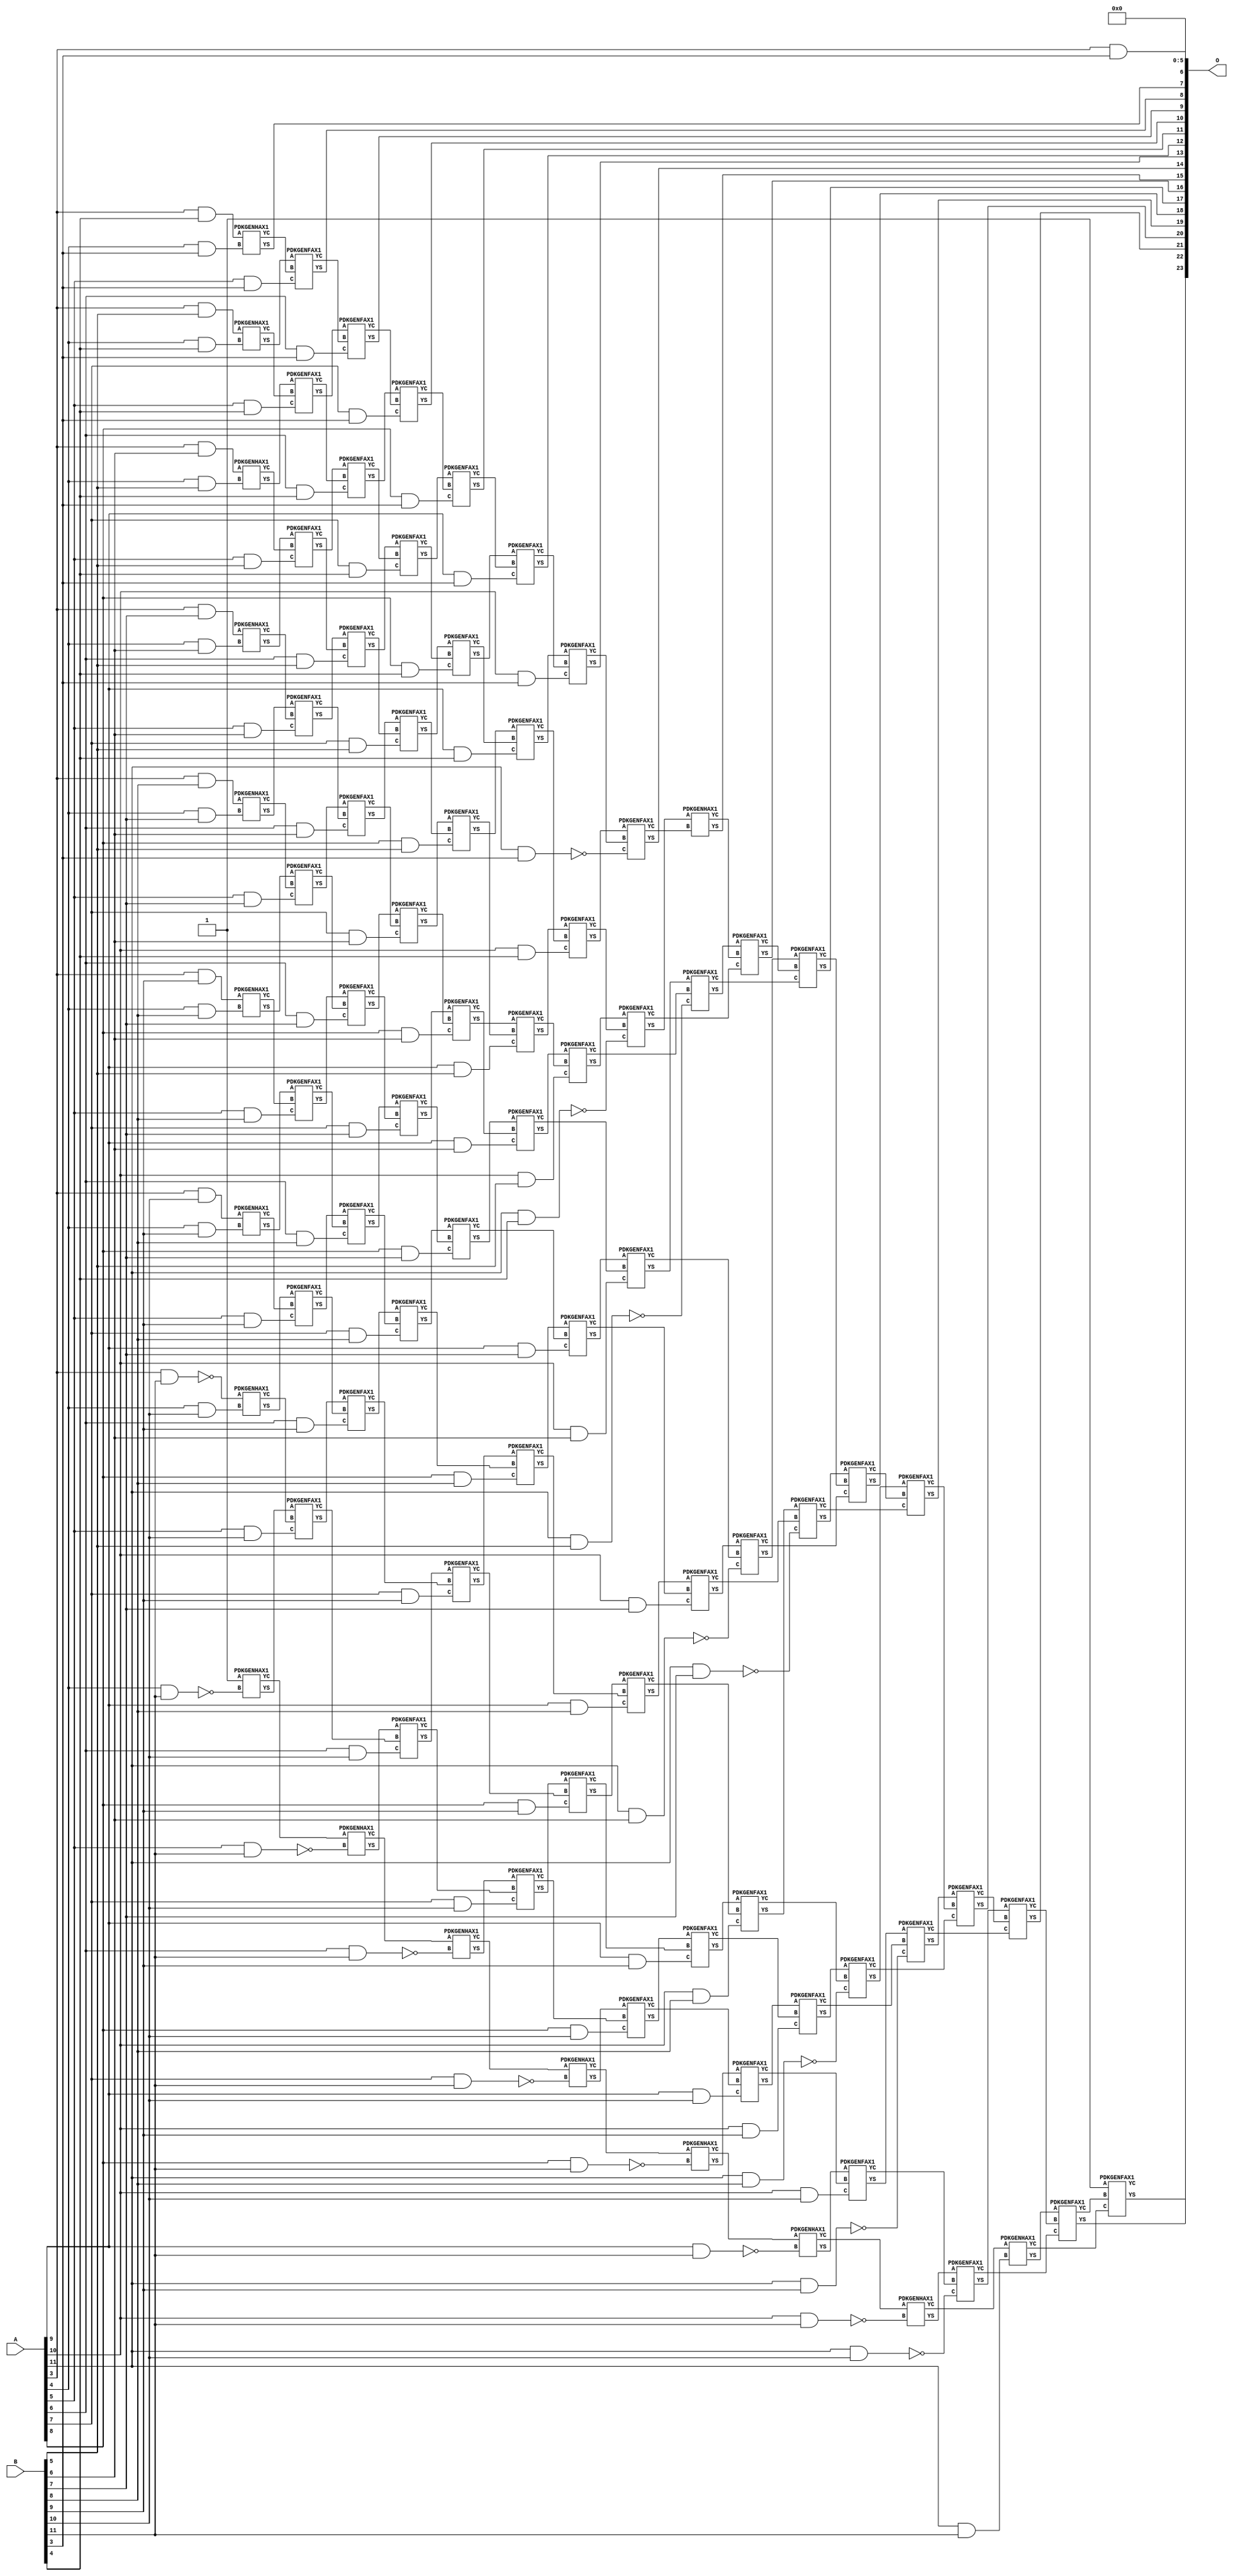
// This program was cloned from: https://github.com/ehw-fit/evoapproxlib
// License: MIT License

/***
* This code is a part of EvoApproxLib library (ehw.fit.vutbr.cz/approxlib) distributed under The MIT License.
* When used, please cite the following article(s): V. Mrazek, Z. Vasicek, L. Sekanina, H. Jiang and J. Han, "Scalable Construction of Approximate Multipliers With Formally Guaranteed Worst Case Error" in IEEE Transactions on Very Large Scale Integration (VLSI) Systems, vol. 26, no. 11, pp. 2572-2576, Nov. 2018. doi: 10.1109/TVLSI.2018.2856362 
* This file contains a circuit from a sub-set of pareto optimal circuits with respect to the pwr and mae parameters
***/
// MAE% = 0.032 %
// MAE = 5438 
// WCE% = 0.17 %
// WCE = 28623 
// WCRE% = 6300.00 %
// EP% = 98.39 %
// MRE% = 2.64 %
// MSE = 48933.638e3 
// PDK45_PWR = 0.579 mW
// PDK45_AREA = 925.0 um2
// PDK45_DELAY = 1.70 ns


module mul12s_36A ( A, B, O );
  input [11:0] A;
  input [11:0] B;
  output [23:0] O;

  wire C_10_10,C_10_11,C_10_3,C_10_4,C_10_5,C_10_6,C_10_7,C_10_8,C_10_9,C_11_10,C_11_11,C_11_3,C_11_4,C_11_5,C_11_6,C_11_7,C_11_8,C_11_9,C_12_10,C_12_11,C_12_3,C_12_4,C_12_5,C_12_6,C_12_7,C_12_8,C_12_9,C_4_10,C_4_11,C_4_3,C_4_4,C_4_5,C_4_6,C_4_7,C_4_8,C_4_9,C_5_10,C_5_11,C_5_3,C_5_4,C_5_5,C_5_6,C_5_7,C_5_8,C_5_9,C_6_10,C_6_11,C_6_3,C_6_4,C_6_5,C_6_6,C_6_7,C_6_8,C_6_9,C_7_10,C_7_11,C_7_3,C_7_4,C_7_5,C_7_6,C_7_7,C_7_8,C_7_9,C_8_10,C_8_11,C_8_3,C_8_4,C_8_5,C_8_6,C_8_7,C_8_8,C_8_9,C_9_10,C_9_11,C_9_3,C_9_4,C_9_5,C_9_6,C_9_7,C_9_8,C_9_9,S_10_0,S_10_1,S_10_10,S_10_11,S_10_2,S_10_3,S_10_4,S_10_5,S_10_6,S_10_7,S_10_8,S_10_9,S_11_0,S_11_1,S_11_10,S_11_11,S_11_2,S_11_3,S_11_4,S_11_5,S_11_6,S_11_7,S_11_8,S_11_9,S_12_0,S_12_1,S_12_10,S_12_11,S_12_2,S_12_3,S_12_4,S_12_5,S_12_6,S_12_7,S_12_8,S_12_9,S_3_10,S_3_11,S_3_3,S_3_4,S_3_5,S_3_6,S_3_7,S_3_8,S_3_9,S_4_10,S_4_11,S_4_2,S_4_3,S_4_4,S_4_5,S_4_6,S_4_7,S_4_8,S_4_9,S_5_1,S_5_10,S_5_11,S_5_2,S_5_3,S_5_4,S_5_5,S_5_6,S_5_7,S_5_8,S_5_9,S_6_0,S_6_1,S_6_10,S_6_11,S_6_2,S_6_3,S_6_4,S_6_5,S_6_6,S_6_7,S_6_8,S_6_9,S_7_0,S_7_1,S_7_10,S_7_11,S_7_2,S_7_3,S_7_4,S_7_5,S_7_6,S_7_7,S_7_8,S_7_9,S_8_0,S_8_1,S_8_10,S_8_11,S_8_2,S_8_3,S_8_4,S_8_5,S_8_6,S_8_7,S_8_8,S_8_9,S_9_0,S_9_1,S_9_10,S_9_11,S_9_2,S_9_3,S_9_4,S_9_5,S_9_6,S_9_7,S_9_8,S_9_9;

  assign S_3_3 = (A[3] & B[3]);
  assign S_3_4 = (A[3] & B[4]);
  assign S_3_5 = (A[3] & B[5]);
  assign S_3_6 = (A[3] & B[6]);
  assign S_3_7 = (A[3] & B[7]);
  assign S_3_8 = (A[3] & B[8]);
  assign S_3_9 = (A[3] & B[9]);
  assign S_3_10 = (A[3] & B[10]);
  assign S_3_11 = ~(A[3] & B[11]);
  assign S_4_2 = S_3_3;
  PDKGENHAX1 U2140 (.A(S_3_4), .B((A[4] & B[3])), .YS(S_4_3), .YC(C_4_3));
  PDKGENHAX1 U2141 (.A(S_3_5), .B((A[4] & B[4])), .YS(S_4_4), .YC(C_4_4));
  PDKGENHAX1 U2142 (.A(S_3_6), .B((A[4] & B[5])), .YS(S_4_5), .YC(C_4_5));
  PDKGENHAX1 U2143 (.A(S_3_7), .B((A[4] & B[6])), .YS(S_4_6), .YC(C_4_6));
  PDKGENHAX1 U2144 (.A(S_3_8), .B((A[4] & B[7])), .YS(S_4_7), .YC(C_4_7));
  PDKGENHAX1 U2145 (.A(S_3_9), .B((A[4] & B[8])), .YS(S_4_8), .YC(C_4_8));
  PDKGENHAX1 U2146 (.A(S_3_10), .B((A[4] & B[9])), .YS(S_4_9), .YC(C_4_9));
  PDKGENHAX1 U2147 (.A(S_3_11), .B((A[4] & B[10])), .YS(S_4_10), .YC(C_4_10));
  PDKGENHAX1 U2148 (.A(1'b1), .B(~(A[4] & B[11])), .YS(S_4_11), .YC(C_4_11));
  assign S_5_1 = S_4_2;
  assign S_5_2 = S_4_3;
  PDKGENFAX1 U2152 (.A(S_4_4), .B(C_4_3), .C((A[5] & B[3])), .YS(S_5_3), .YC(C_5_3));
  PDKGENFAX1 U2153 (.A(S_4_5), .B(C_4_4), .C((A[5] & B[4])), .YS(S_5_4), .YC(C_5_4));
  PDKGENFAX1 U2154 (.A(S_4_6), .B(C_4_5), .C((A[5] & B[5])), .YS(S_5_5), .YC(C_5_5));
  PDKGENFAX1 U2155 (.A(S_4_7), .B(C_4_6), .C((A[5] & B[6])), .YS(S_5_6), .YC(C_5_6));
  PDKGENFAX1 U2156 (.A(S_4_8), .B(C_4_7), .C((A[5] & B[7])), .YS(S_5_7), .YC(C_5_7));
  PDKGENFAX1 U2157 (.A(S_4_9), .B(C_4_8), .C((A[5] & B[8])), .YS(S_5_8), .YC(C_5_8));
  PDKGENFAX1 U2158 (.A(S_4_10), .B(C_4_9), .C((A[5] & B[9])), .YS(S_5_9), .YC(C_5_9));
  PDKGENFAX1 U2159 (.A(S_4_11), .B(C_4_10), .C((A[5] & B[10])), .YS(S_5_10), .YC(C_5_10));
  PDKGENHAX1 U2160 (.A(C_4_11), .B(~(A[5] & B[11])), .YS(S_5_11), .YC(C_5_11));
  assign S_6_0 = S_5_1;
  assign S_6_1 = S_5_2;
  assign S_6_2 = S_5_3;
  PDKGENFAX1 U2164 (.A(S_5_4), .B(C_5_3), .C((A[6] & B[3])), .YS(S_6_3), .YC(C_6_3));
  PDKGENFAX1 U2165 (.A(S_5_5), .B(C_5_4), .C((A[6] & B[4])), .YS(S_6_4), .YC(C_6_4));
  PDKGENFAX1 U2166 (.A(S_5_6), .B(C_5_5), .C((A[6] & B[5])), .YS(S_6_5), .YC(C_6_5));
  PDKGENFAX1 U2167 (.A(S_5_7), .B(C_5_6), .C((A[6] & B[6])), .YS(S_6_6), .YC(C_6_6));
  PDKGENFAX1 U2168 (.A(S_5_8), .B(C_5_7), .C((A[6] & B[7])), .YS(S_6_7), .YC(C_6_7));
  PDKGENFAX1 U2169 (.A(S_5_9), .B(C_5_8), .C((A[6] & B[8])), .YS(S_6_8), .YC(C_6_8));
  PDKGENFAX1 U2170 (.A(S_5_10), .B(C_5_9), .C((A[6] & B[9])), .YS(S_6_9), .YC(C_6_9));
  PDKGENFAX1 U2171 (.A(S_5_11), .B(C_5_10), .C((A[6] & B[10])), .YS(S_6_10), .YC(C_6_10));
  PDKGENHAX1 U2172 (.A(C_5_11), .B(~(A[6] & B[11])), .YS(S_6_11), .YC(C_6_11));
  assign S_7_0 = S_6_1;
  assign S_7_1 = S_6_2;
  assign S_7_2 = S_6_3;
  PDKGENFAX1 U2176 (.A(S_6_4), .B(C_6_3), .C((A[7] & B[3])), .YS(S_7_3), .YC(C_7_3));
  PDKGENFAX1 U2177 (.A(S_6_5), .B(C_6_4), .C((A[7] & B[4])), .YS(S_7_4), .YC(C_7_4));
  PDKGENFAX1 U2178 (.A(S_6_6), .B(C_6_5), .C((A[7] & B[5])), .YS(S_7_5), .YC(C_7_5));
  PDKGENFAX1 U2179 (.A(S_6_7), .B(C_6_6), .C((A[7] & B[6])), .YS(S_7_6), .YC(C_7_6));
  PDKGENFAX1 U2180 (.A(S_6_8), .B(C_6_7), .C((A[7] & B[7])), .YS(S_7_7), .YC(C_7_7));
  PDKGENFAX1 U2181 (.A(S_6_9), .B(C_6_8), .C((A[7] & B[8])), .YS(S_7_8), .YC(C_7_8));
  PDKGENFAX1 U2182 (.A(S_6_10), .B(C_6_9), .C((A[7] & B[9])), .YS(S_7_9), .YC(C_7_9));
  PDKGENFAX1 U2183 (.A(S_6_11), .B(C_6_10), .C((A[7] & B[10])), .YS(S_7_10), .YC(C_7_10));
  PDKGENHAX1 U2184 (.A(C_6_11), .B(~(A[7] & B[11])), .YS(S_7_11), .YC(C_7_11));
  assign S_8_0 = S_7_1;
  assign S_8_1 = S_7_2;
  assign S_8_2 = S_7_3;
  PDKGENFAX1 U2188 (.A(S_7_4), .B(C_7_3), .C((A[8] & B[3])), .YS(S_8_3), .YC(C_8_3));
  PDKGENFAX1 U2189 (.A(S_7_5), .B(C_7_4), .C((A[8] & B[4])), .YS(S_8_4), .YC(C_8_4));
  PDKGENFAX1 U2190 (.A(S_7_6), .B(C_7_5), .C((A[8] & B[5])), .YS(S_8_5), .YC(C_8_5));
  PDKGENFAX1 U2191 (.A(S_7_7), .B(C_7_6), .C((A[8] & B[6])), .YS(S_8_6), .YC(C_8_6));
  PDKGENFAX1 U2192 (.A(S_7_8), .B(C_7_7), .C((A[8] & B[7])), .YS(S_8_7), .YC(C_8_7));
  PDKGENFAX1 U2193 (.A(S_7_9), .B(C_7_8), .C((A[8] & B[8])), .YS(S_8_8), .YC(C_8_8));
  PDKGENFAX1 U2194 (.A(S_7_10), .B(C_7_9), .C((A[8] & B[9])), .YS(S_8_9), .YC(C_8_9));
  PDKGENFAX1 U2195 (.A(S_7_11), .B(C_7_10), .C((A[8] & B[10])), .YS(S_8_10), .YC(C_8_10));
  PDKGENHAX1 U2196 (.A(C_7_11), .B(~(A[8] & B[11])), .YS(S_8_11), .YC(C_8_11));
  assign S_9_0 = S_8_1;
  assign S_9_1 = S_8_2;
  assign S_9_2 = S_8_3;
  PDKGENFAX1 U2200 (.A(S_8_4), .B(C_8_3), .C((A[9] & B[3])), .YS(S_9_3), .YC(C_9_3));
  PDKGENFAX1 U2201 (.A(S_8_5), .B(C_8_4), .C((A[9] & B[4])), .YS(S_9_4), .YC(C_9_4));
  PDKGENFAX1 U2202 (.A(S_8_6), .B(C_8_5), .C((A[9] & B[5])), .YS(S_9_5), .YC(C_9_5));
  PDKGENFAX1 U2203 (.A(S_8_7), .B(C_8_6), .C((A[9] & B[6])), .YS(S_9_6), .YC(C_9_6));
  PDKGENFAX1 U2204 (.A(S_8_8), .B(C_8_7), .C((A[9] & B[7])), .YS(S_9_7), .YC(C_9_7));
  PDKGENFAX1 U2205 (.A(S_8_9), .B(C_8_8), .C((A[9] & B[8])), .YS(S_9_8), .YC(C_9_8));
  PDKGENFAX1 U2206 (.A(S_8_10), .B(C_8_9), .C((A[9] & B[9])), .YS(S_9_9), .YC(C_9_9));
  PDKGENFAX1 U2207 (.A(S_8_11), .B(C_8_10), .C((A[9] & B[10])), .YS(S_9_10), .YC(C_9_10));
  PDKGENHAX1 U2208 (.A(C_8_11), .B(~(A[9] & B[11])), .YS(S_9_11), .YC(C_9_11));
  assign S_10_0 = S_9_1;
  assign S_10_1 = S_9_2;
  assign S_10_2 = S_9_3;
  PDKGENFAX1 U2212 (.A(S_9_4), .B(C_9_3), .C((A[10] & B[3])), .YS(S_10_3), .YC(C_10_3));
  PDKGENFAX1 U2213 (.A(S_9_5), .B(C_9_4), .C((A[10] & B[4])), .YS(S_10_4), .YC(C_10_4));
  PDKGENFAX1 U2214 (.A(S_9_6), .B(C_9_5), .C((A[10] & B[5])), .YS(S_10_5), .YC(C_10_5));
  PDKGENFAX1 U2215 (.A(S_9_7), .B(C_9_6), .C((A[10] & B[6])), .YS(S_10_6), .YC(C_10_6));
  PDKGENFAX1 U2216 (.A(S_9_8), .B(C_9_7), .C((A[10] & B[7])), .YS(S_10_7), .YC(C_10_7));
  PDKGENFAX1 U2217 (.A(S_9_9), .B(C_9_8), .C((A[10] & B[8])), .YS(S_10_8), .YC(C_10_8));
  PDKGENFAX1 U2218 (.A(S_9_10), .B(C_9_9), .C((A[10] & B[9])), .YS(S_10_9), .YC(C_10_9));
  PDKGENFAX1 U2219 (.A(S_9_11), .B(C_9_10), .C((A[10] & B[10])), .YS(S_10_10), .YC(C_10_10));
  PDKGENHAX1 U2220 (.A(C_9_11), .B(~(A[10] & B[11])), .YS(S_10_11), .YC(C_10_11));
  assign S_11_0 = S_10_1;
  assign S_11_1 = S_10_2;
  assign S_11_2 = S_10_3;
  PDKGENFAX1 U2224 (.A(S_10_4), .B(C_10_3), .C(~(A[11] & B[3])), .YS(S_11_3), .YC(C_11_3));
  PDKGENFAX1 U2225 (.A(S_10_5), .B(C_10_4), .C(~(A[11] & B[4])), .YS(S_11_4), .YC(C_11_4));
  PDKGENFAX1 U2226 (.A(S_10_6), .B(C_10_5), .C(~(A[11] & B[5])), .YS(S_11_5), .YC(C_11_5));
  PDKGENFAX1 U2227 (.A(S_10_7), .B(C_10_6), .C(~(A[11] & B[6])), .YS(S_11_6), .YC(C_11_6));
  PDKGENFAX1 U2228 (.A(S_10_8), .B(C_10_7), .C(~(A[11] & B[7])), .YS(S_11_7), .YC(C_11_7));
  PDKGENFAX1 U2229 (.A(S_10_9), .B(C_10_8), .C(~(A[11] & B[8])), .YS(S_11_8), .YC(C_11_8));
  PDKGENFAX1 U2230 (.A(S_10_10), .B(C_10_9), .C(~(A[11] & B[9])), .YS(S_11_9), .YC(C_11_9));
  PDKGENFAX1 U2231 (.A(S_10_11), .B(C_10_10), .C(~(A[11] & B[10])), .YS(S_11_10), .YC(C_11_10));
  PDKGENHAX1 U2232 (.A(C_10_11), .B((A[11] & B[11])), .YS(S_11_11), .YC(C_11_11));
  assign S_12_0 = S_11_1;
  assign S_12_1 = S_11_2;
  assign S_12_2 = S_11_3;
  PDKGENHAX1 U2236 (.A(S_11_4), .B(C_11_3), .YS(S_12_3), .YC(C_12_3));
  PDKGENFAX1 U2237 (.A(S_11_5), .B(C_12_3), .C(C_11_4), .YS(S_12_4), .YC(C_12_4));
  PDKGENFAX1 U2238 (.A(S_11_6), .B(C_12_4), .C(C_11_5), .YS(S_12_5), .YC(C_12_5));
  PDKGENFAX1 U2239 (.A(S_11_7), .B(C_12_5), .C(C_11_6), .YS(S_12_6), .YC(C_12_6));
  PDKGENFAX1 U2240 (.A(S_11_8), .B(C_12_6), .C(C_11_7), .YS(S_12_7), .YC(C_12_7));
  PDKGENFAX1 U2241 (.A(S_11_9), .B(C_12_7), .C(C_11_8), .YS(S_12_8), .YC(C_12_8));
  PDKGENFAX1 U2242 (.A(S_11_10), .B(C_12_8), .C(C_11_9), .YS(S_12_9), .YC(C_12_9));
  PDKGENFAX1 U2243 (.A(S_11_11), .B(C_12_9), .C(C_11_10), .YS(S_12_10), .YC(C_12_10));
  PDKGENFAX1 U2244 (.A(1'b1), .B(C_12_10), .C(C_11_11), .YS(S_12_11), .YC(C_12_11));
  assign O = {S_12_11,S_12_10,S_12_9,S_12_8,S_12_7,S_12_6,S_12_5,S_12_4,S_12_3,S_12_2,S_12_1,S_12_0,S_11_0,S_10_0,S_9_0,S_8_0,S_7_0,S_6_0,1'b0,1'b0,1'b0,1'b0,1'b0,1'b0};

endmodule

/* mod */
module PDKGENHAX1( input A, input B, output YS, output YC );
    assign YS = A ^ B;
    assign YC = A & B;
endmodule
/* mod */
module PDKGENFAX1( input A, input B, input C, output YS, output YC );
    assign YS = (A ^ B) ^ C;
    assign YC = (A & B) | (B & C) | (A & C);
endmodule